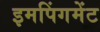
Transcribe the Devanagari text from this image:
इमपिंगमेंट